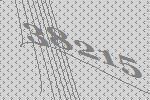
38215